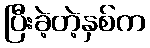
ပြီးခဲ့တဲ့နှစ်က